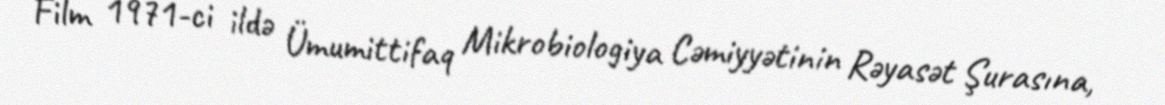
Film 1971-ci ildə Ümumittifaq Mikrobiologiya Cəmiyyətinin Rəyasət Şurasına,